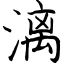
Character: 漓